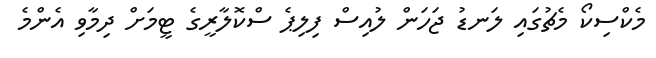
މެކްސިކޯ މެޗުގައި ލަނޑު ޖަހަން ލުއިސް ފިލިޕެ ސްކޮލާރީގެ ޓީމަށް ދިމާވި އެންމެ